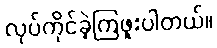
လုပ်ကိုင်ခဲ့ကြဖူးပါတယ်။